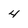
Character: 4